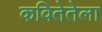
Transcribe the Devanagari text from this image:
कवितेतेला